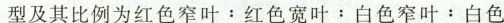
型及其比例为$$红 色 窄 叶 ： 红 色 宽 叶 ： 白 色 窄 叶 ： 白 色